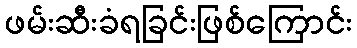
ဖမ်းဆီးခံရခြင်းဖြစ်ကြောင်း